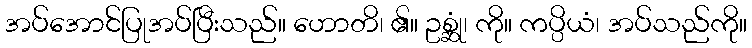
အပ်အောင်ပြုအပ်ပြီးသည်။ ဟောတိ၊ ၏။ ဥစ္ဆုံ၊ ကို။ ကပ္ပိယံ၊ အပ်သည်ကို။